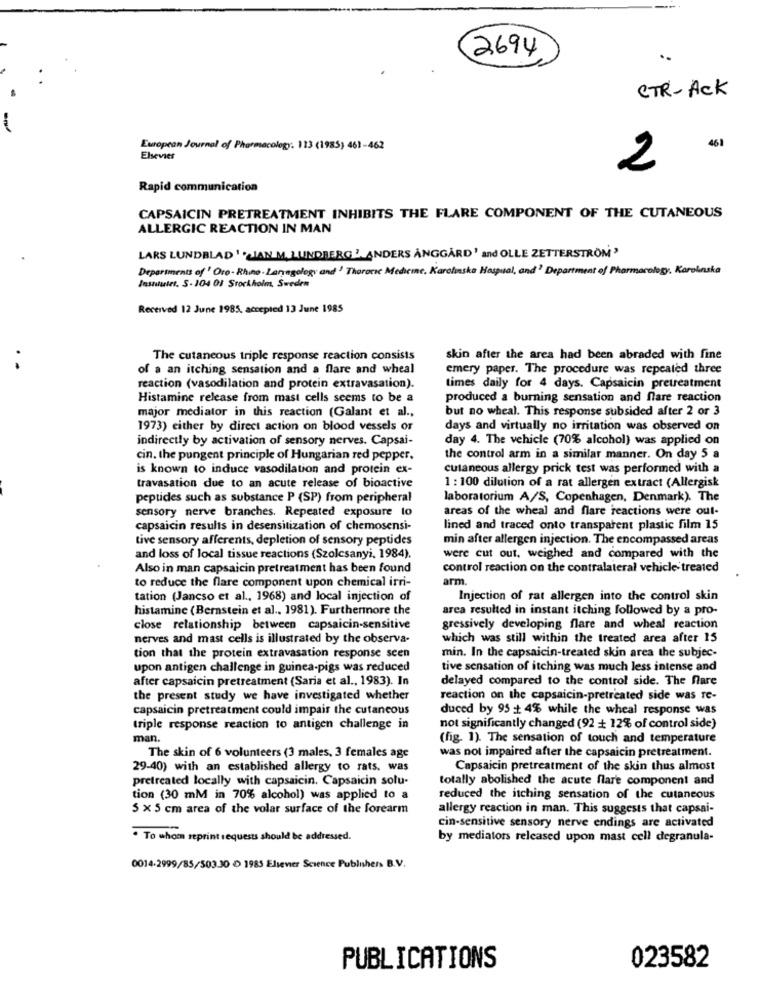
2694
..
CTR-ACK
European Journal of Pharmacology. 113 (1985) 461-462
Elsevier
2 .
Rapid communication
CAPSAICIN PRETREATMENT INHIBITS THE FLARE COMPONENT OF THE CUTANEOUS
ALLERGIC REACTION IN MAN
LARS LUNDBLAD ' 'LJAN M.LUNDBERG ' ANDERS ÅNGGÅRD' and OLLE ZETTERSTRÖM'
Departments of ' Oro - Rhino . Lanagology and ' Thoracic Medicine, Karolinska Hasqual, and' Department of Pharmacology, Karolinska
Instantet. 5- 104 01 Stockholm, Sweden
Received 12 June 1985, accepted 13 June 1985
The cutaneous triple response reaction consists
skin after the area had been abraded with fine
..
of a an itching sensation and a flare and wheal
emery paper. The procedure was repeated three
reaction (vasodilation and protein extravasation).
times daily for 4 days. Capsaicin pretreatment
Histamine release from mast cells seems to be a
produced a burning sensation and flare reaction
major mediator in this reaction (Galant et al .,
but no wheal. This response subsided after 2 or 3
1973) either by direct action on blood vessels or
days and virtually no irritation was observed on
indirectly by activation of sensory nerves. Capsai-
day 4. The vehicle (70% alcohol) was applied on
cin. the pungent principle of Hungarian red pepper.
the control arm in a similar manner. On day 5 a
is known to induce vasodilation and protein ex-
cutaneous allergy prick test was performed with a
travasation due to an acute release of bioactive
1 : 100 dilution of a rat allergen extract (Allergisk
peptides such as substance P (SP) from peripheral
laboratorium A/S, Copenhagen, Denmark). The
sensory nerve branches. Repeated exposure to
areas of the wheal and flare reactions were out-
capsaicin results in desensitization of chemosensi-
lined and traced onto transparent plastic film 15
tive sensory afferents, depletion of sensory peptides
min after allergen injection. The encompassed areas
and loss of local tissue reactions (Szolcsanyi, 1984).
were cut out, weighed and compared with the
Also in man capsaicin pretreatment has been found
control reaction on the contralateral vehicle' treated
to reduce the flare component upon chemical irri-
arm
tation (Jancso et al ., 1968) and local injection of
Injection of rat allergen into the control skin
histamine (Bernstein et al ., 1981). Furthermore the
area resulted in instant itching followed by a pro-
close relationship between capsaicin-sensitive
gressively developing flare and wheal reaction
nerves and mast cells is illustrated by the observa-
which was still within the treated area after 15
tion that the protein extravasation response scen
min. In the capsaicin-treated skin area the subjec-
upon antigen challenge in guinea-pigs was reduced
tive sensation of itching was much less intense and
after capsaicin pretreatment (Saria et al ., 1983). In
delayed compared to the control side. The fare
the present study we have investigated whether
reaction on the capsaicin-pretreated side was re-
capsaicin pretreatment could impair the cutaneous
duced by 95 + 4% while the wheal response was
triple response reaction to antigen challenge in
not significantly changed (92 + 12% of control side)
man.
(fig. 1). The sensation of touch and temperature
was not impaired after the capsaicin pretreatment.
The skin of 6 volunteers (3 males, 3 females age
29-40) with an established allergy to rats. was
Capsaicin pretreatment of the skin thus almost
pretreated locally with capsaicin. Capsaicin solu-
totally abolished the acute flare component and
tion (30 mM in 70% alcohol) was applied to a
reduced the itching sensation of the cutaneous
5 x 5 cm area of the volar surface of the forearm
allergy reaction in man. This suggests that capsai-
cin-sensitive sensory nerve endings are activated
. To whom reprint requests should be addressed.
by mediators released upon mast cell degranula-
0014.2999/85/503-30 . 1985 Elsevier Science Publishers B.V.
PUBLICATIONS
023582